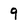
Character: 9